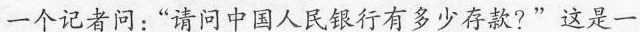
一个记者问：“请问中国人民银行有多少存款?”这是一